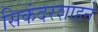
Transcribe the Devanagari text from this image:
सिकंदरशाहने